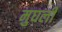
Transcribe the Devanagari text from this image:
मुघली